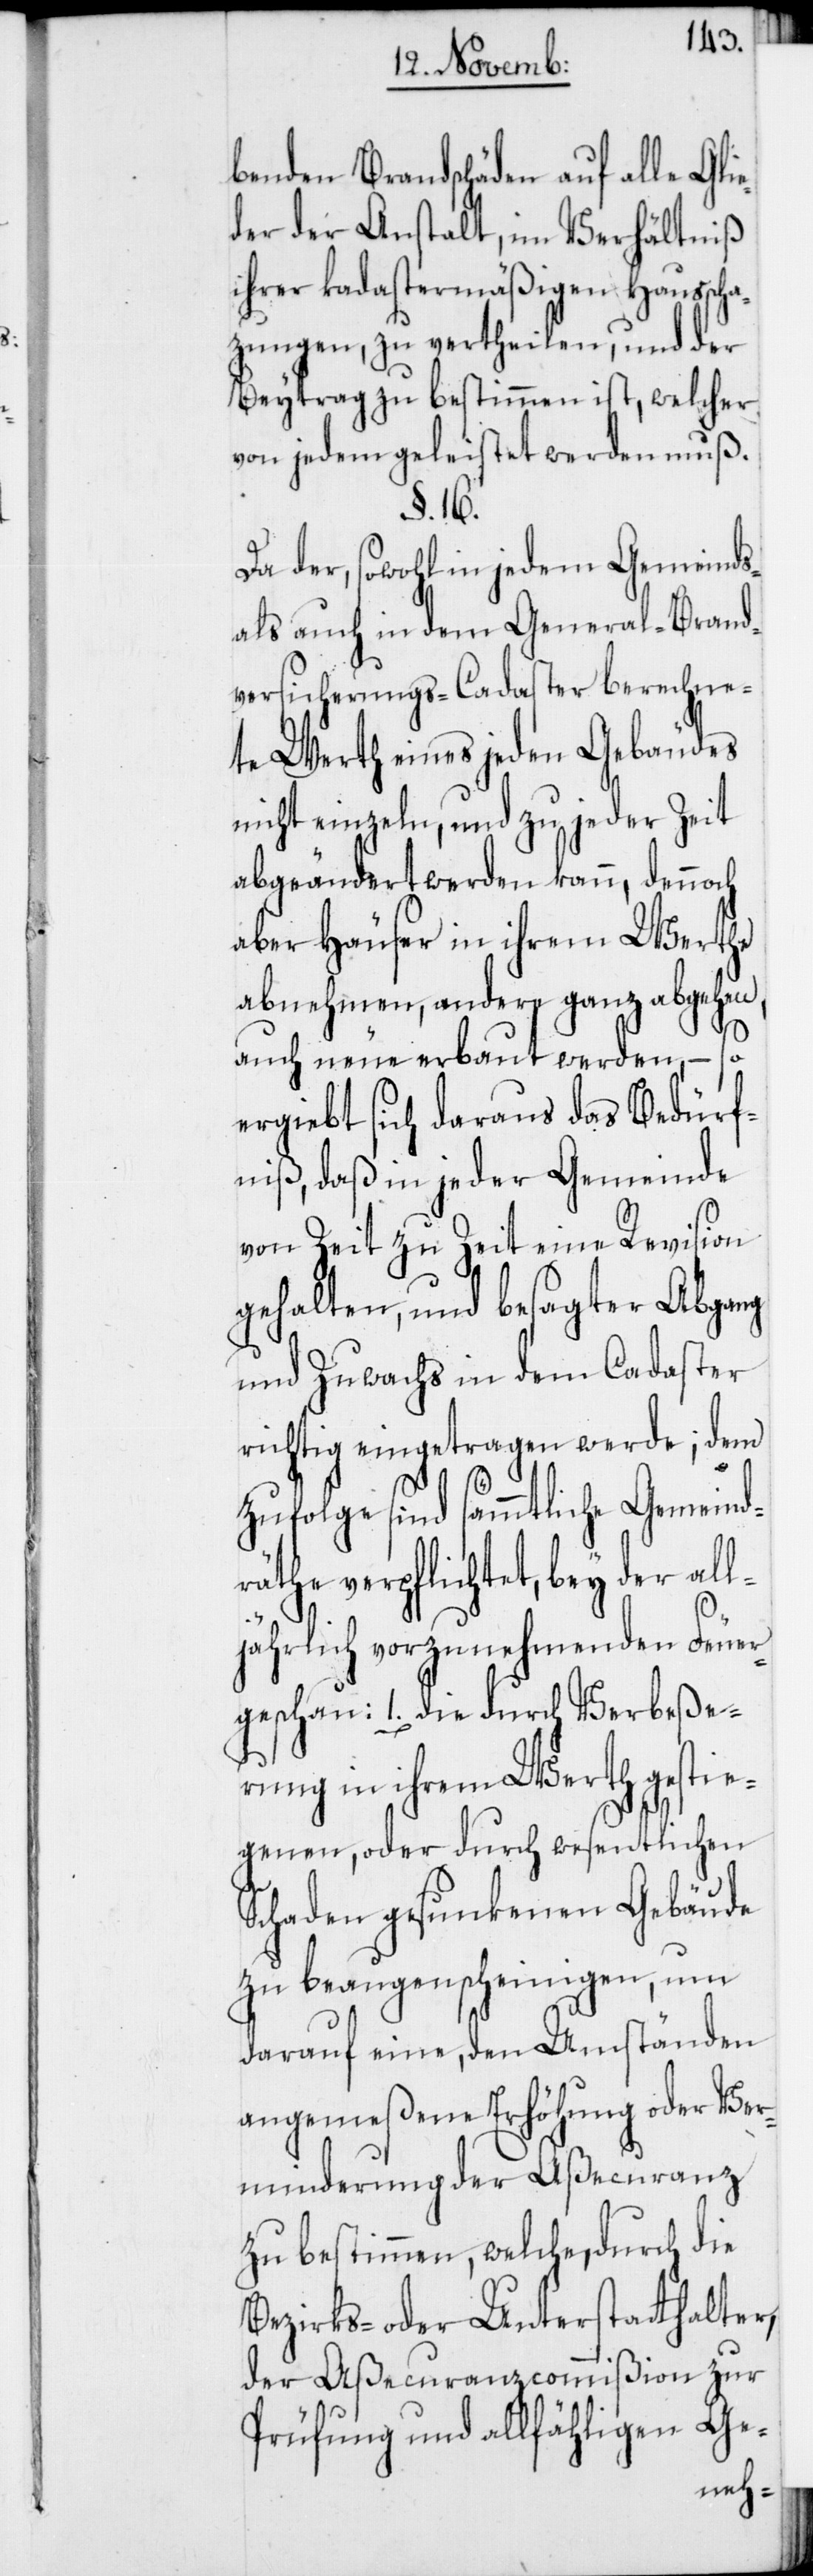
benden Brandschäden auf alle Gli¬
eder der Anstalt, im Verhältniß
ihrer kadastermäßigen Hausscha¬
tzungen, zu vertheilen, und der
Beytrag zu bestimmen ist, welcher
von jedem geleistet werden muß.
§. 16.
Da der, sowohl in jedem Gemeinds-
als auch in dem General-Brand¬
versicherungs-Cadaster berechne¬
te Werth eines jeden Gebäudes
nicht einzeln, und zu jeder Zeit
abgeändert werden kann, dennoch
aber Häuser in ihrem Werthe
abnehmen, andere ganz abgehen,
d¬
auch neue erbaut werden, – so
ergiebt sich daraus das Bedürf¬
niß, daß in jeder Gemeinde
von Zeit zu Zeit eine Revision
gehalten, und besagter Abgang
und Zuwachs in dem Cadaster
richtig eingetragen werde; dem
zufolge sind sämmtliche Gemein¬
räthe verpflichtet, bey der all¬
jährlich vorzunehmenden Feuer¬
geschau: 1. die durch Verbeße¬
rung in ihrem Werth gestie¬
genen, oder durch wesentlichen
Schaden gesunkenen Gebäude
zu beaugenscheinigen, um
darauf eine, den Umständen
angemeßene Erhöhung oder Ver¬
minderung der Aßecuranz
zu bestimmen, welche, durch die
Bezirks- oder Unterstatthalter,
der Aßecuranzcommißion zur
Prüfung und allfähligen Ge-